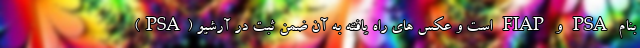
(PSA) است و عکس های راه یافته به آن ضمن ثبت در آرشیو FIAP و PSA بنام